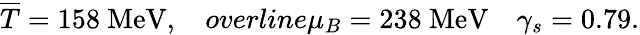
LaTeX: \overline{{{T}}}=158\ \mathrm{MeV},\ \ \ \, overline{\mu}_{B}=238\ \mathrm{MeV}\ \ \ \ \gamma_{s}=0.79.